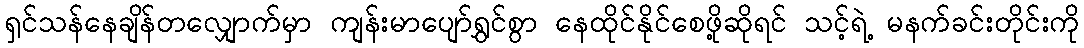
ရှင်သန်နေချိန်တလျှောက်မှာ ကျန်းမာပျော်ရွှင်စွာ နေထိုင်နိုင်စေဖို့ဆိုရင် သင့်ရဲ့ မနက်ခင်းတိုင်းကို